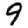
Digit: 9